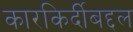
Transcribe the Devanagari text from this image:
कारकिर्दीबद्दल